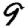
Digit: 9